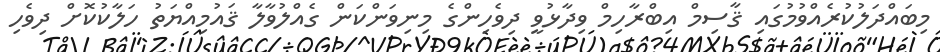
މިބައްދަލުކުރެއްވުމުގައި ޤާސިމް އިބްރާހިމް ވިދާޅުވީ ދިވެހިންގެ މިނިވަންކަން ގެއްލުވާލާ ޤައުމިއްޔަތު ހަލާކުކޮށް ދިވެހި